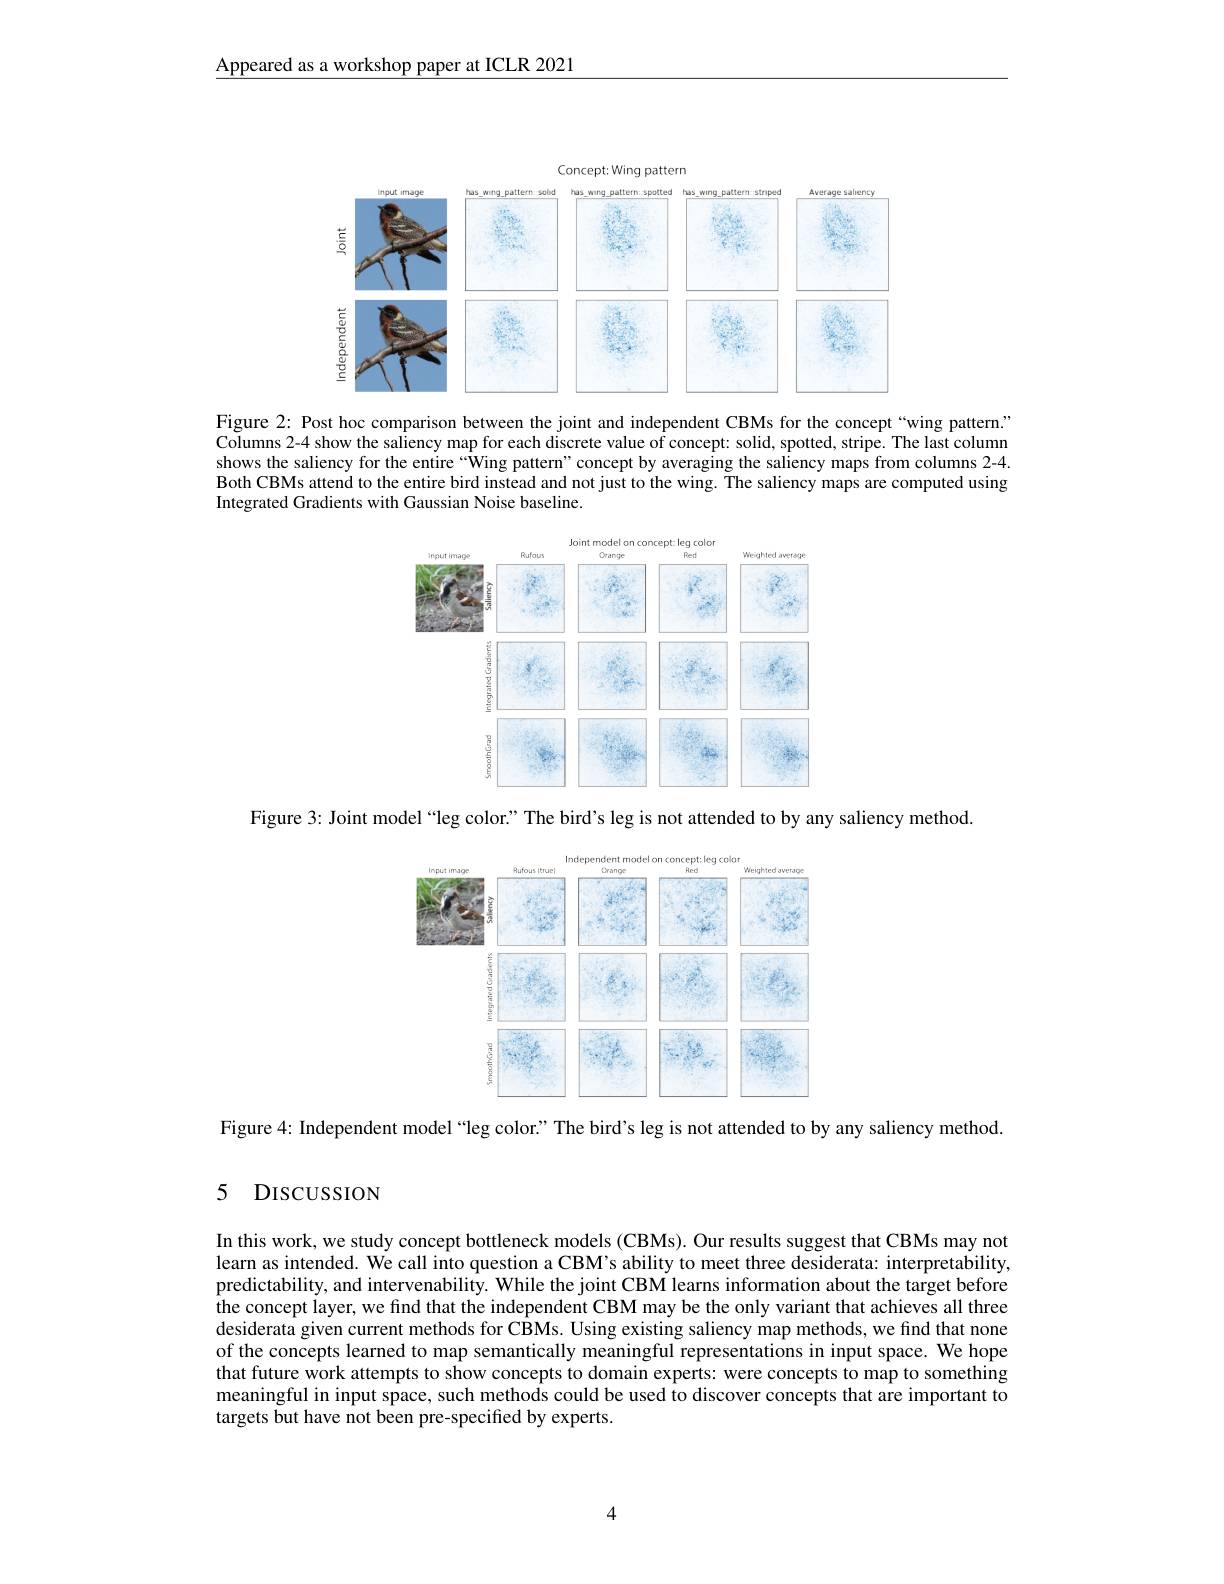
Appeared as a workshop paper at ICLR 2021

<FigureHere>

Figure 2: Post hoc comparison between the joint and independent CBMs for the concept “wing pattern.” Columns 2-4 show the saliency map for each discrete value of concept: solid, spotted, stripe. The last column shows the saliency for the entire “Wing pattern”concept by averaging the saliency maps from columns 2-4. Both CBMs attend to the entire bird instead and not just to the wing. The saliency maps are computed using Integrated Gradients with Gaussian Noise baseline.

<FigureHere>

Figure 3: Joint model “leg color.” The bird's leg is not attended to by any saliency method.

<FigureHere>

Figure 4: Independent model “leg color:” The bird's leg is not attended to by any saliency method.
5 DISCUSSION

In this work, we study concept bottleneck models (CBMs). Our results suggest that CBMs may not learn as intended. We call into question a CBM's ability to meet three desiderata: interpretability, predictability, and intervenability. While the joint CBM learns information about the target before the concept layer, we find that the independent CBM may be the only variant that achieves all three desiderata given current methods for CBMs. Using existing saliency map methods, we find that none of the concepts learned to map semantically meaningful representations in input space. We hope that future work attempts to show concepts to domain experts: were concepts to map to something meaningful in input space, such methods could be used to discover concepts that are important to targets but have not been pre-specified by experts.